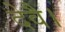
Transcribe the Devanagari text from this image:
देवै।